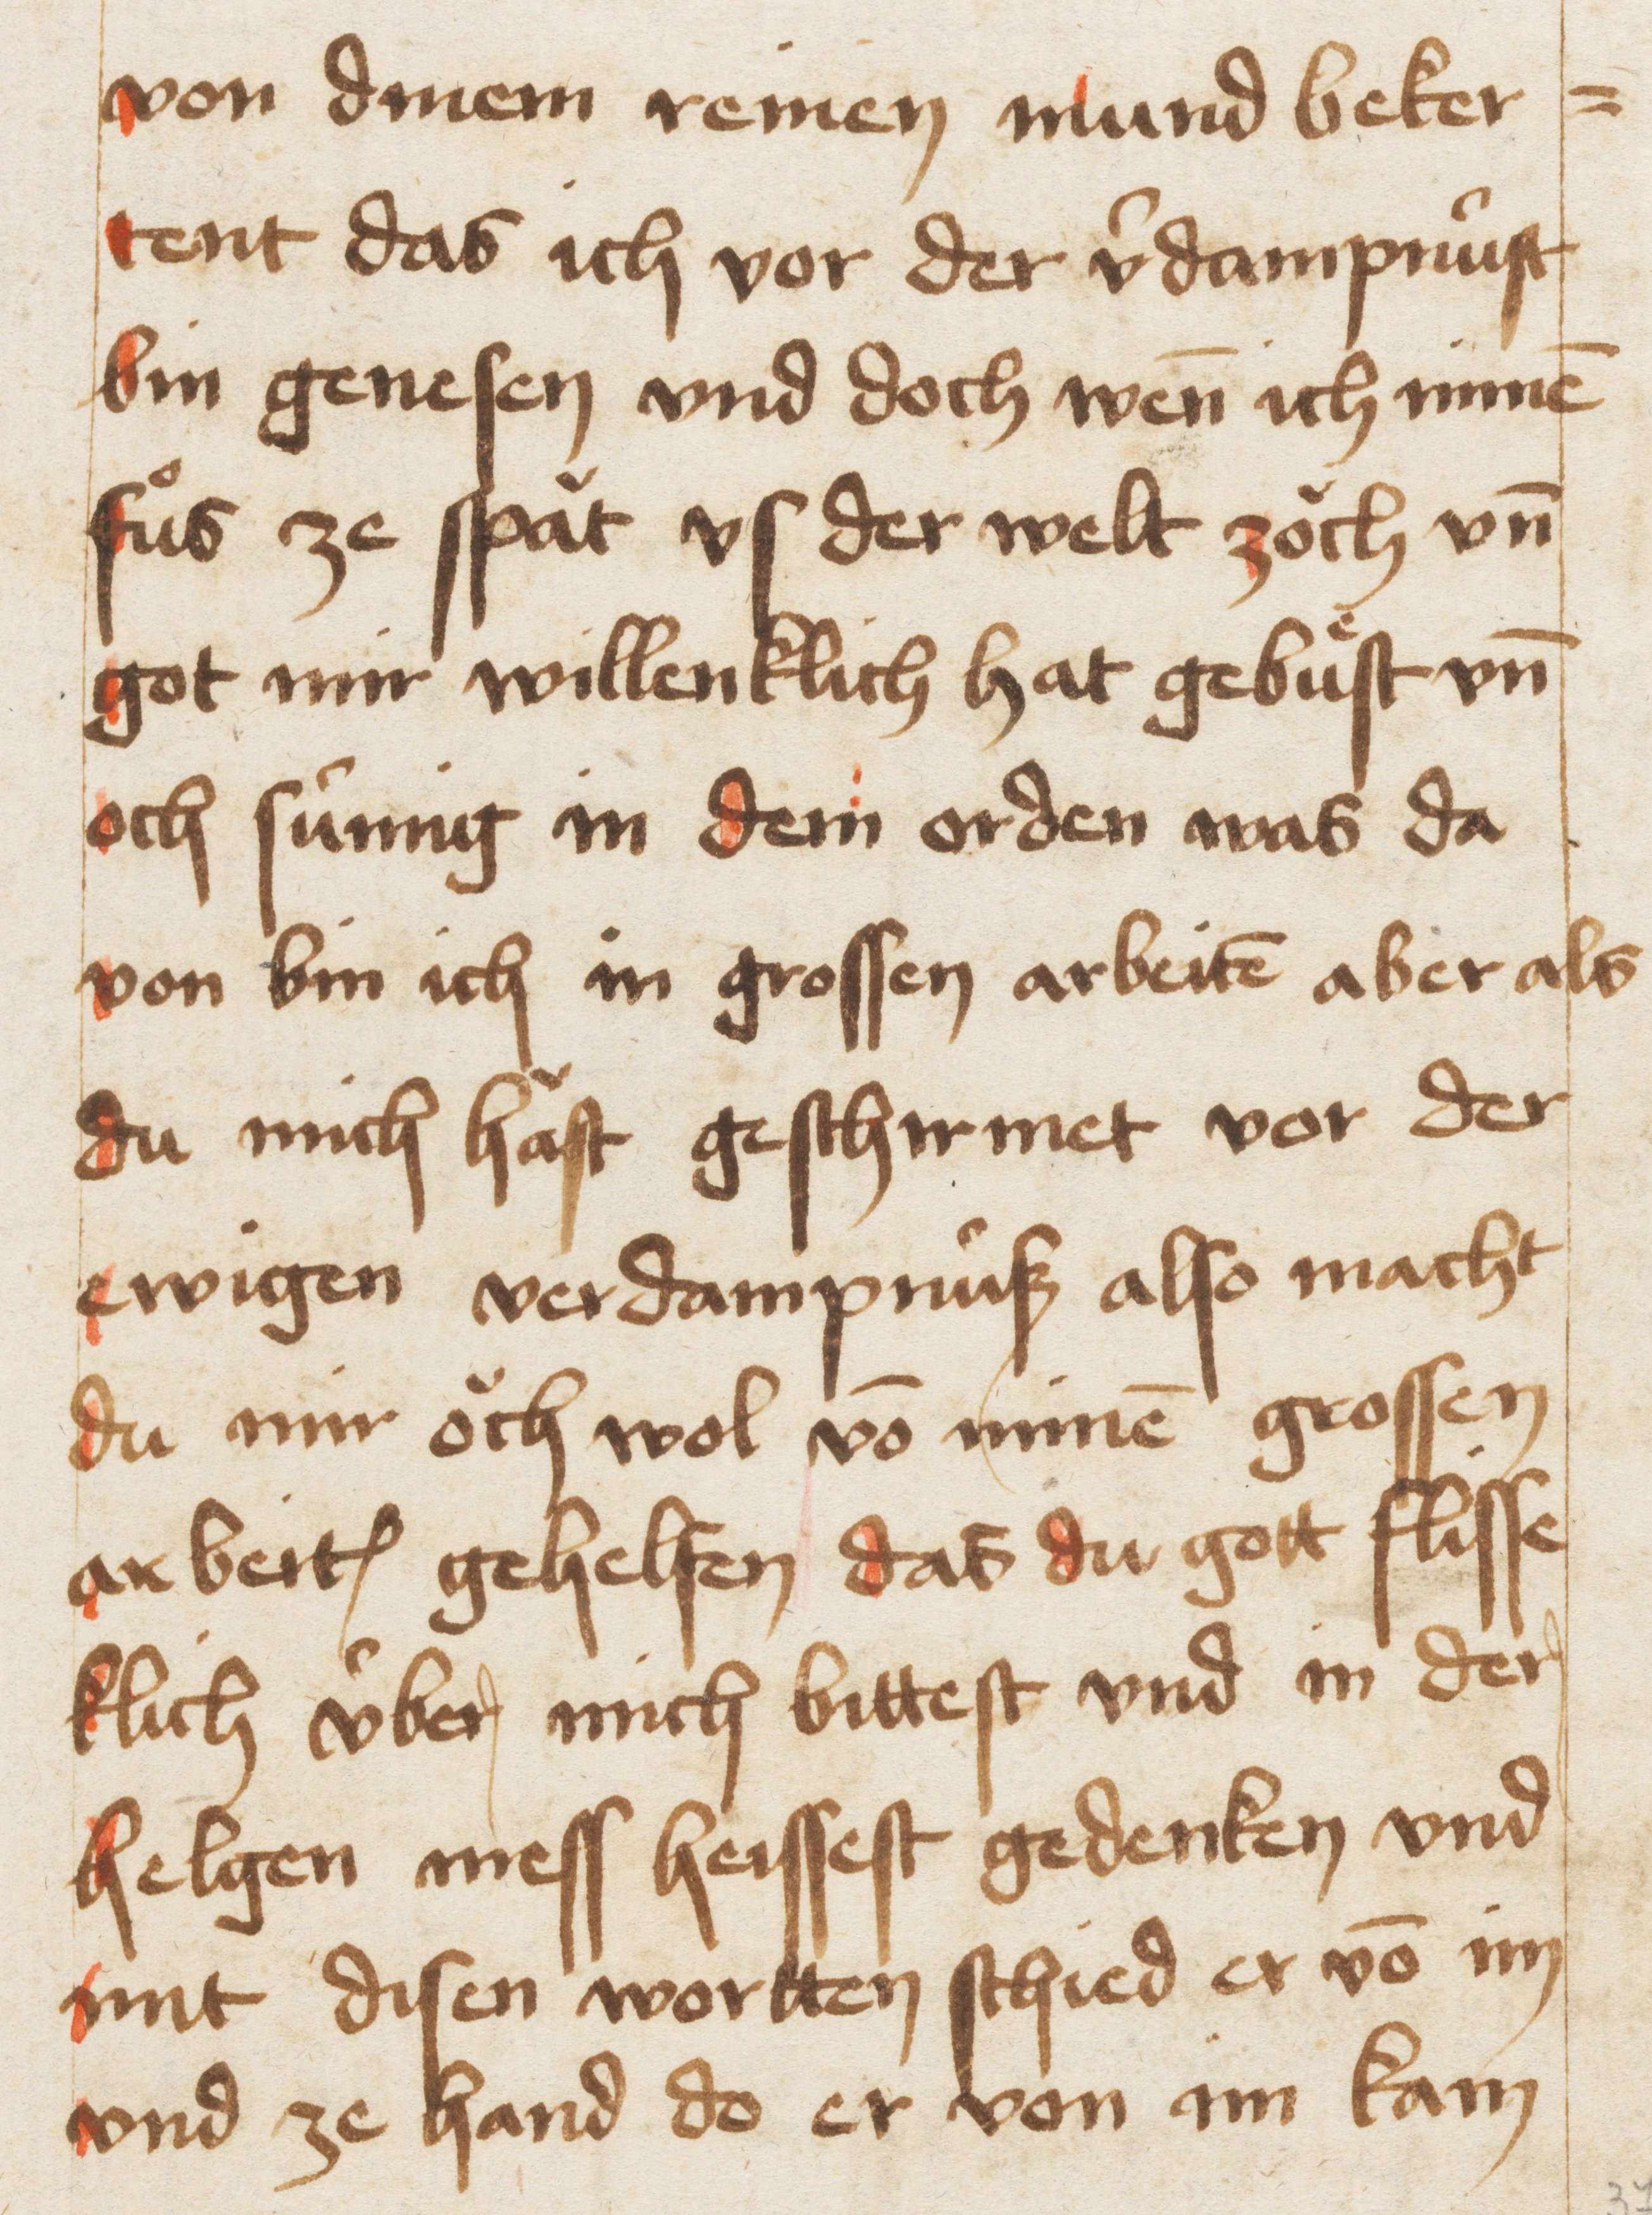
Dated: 1467–1467